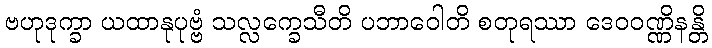
ဗဟုဒုက္ခာ ယထာနုပုဗ္ဗံ သလ္လက္ခေသီတိ ပဘာဝေါတိ စတုရဿာ ဒေဝဝဏ္ဏိနန္တိ